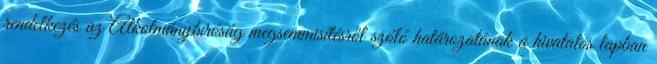
rendelkezés az Alkotmánybíróság megsemmisítésről szóló határozatának a hivatalos lapban